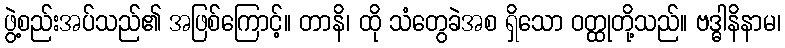
ဖွဲ့စည်းအပ်သည်၏ အဖြစ်ကြောင့်။ တာနိ၊ ထို သံတွေခဲအစ ရှိသော ဝတ္ထုတို့သည်။ ဗဒ္ဓါနိနာမ၊